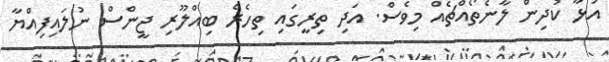
އަޅާ ކުދިން ލާނެތޯއްޗެއް މިވެސް. އަދި ތިރީގައި ތިހެރެ ބިއްލޫރި ޖީންސް ނުލައިފިއްޔާ